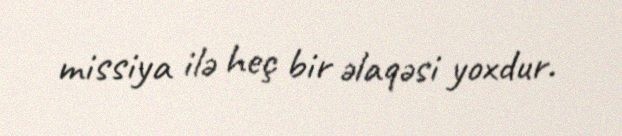
missiya ilə heç bir əlaqəsi yoxdur.